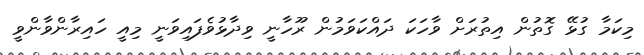
މިކަމާ ގުޅޭ ގޮތުން އިތުރަށް ވާހަކަ ދައްކަވަމުން ރޫހާނީ ވިދާޅުވެފައިވަނީ މިއީ ހައިރާންވާންވީ